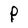
Character: P